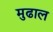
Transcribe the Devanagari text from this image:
मुढाल